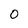
Character: 0